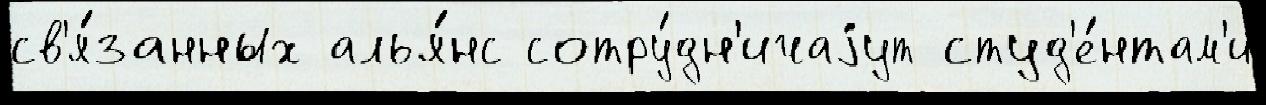
св'я́занных алья́нс сотру́дн'ичаjут студ'е́нтам'и